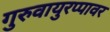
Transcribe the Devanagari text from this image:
गुरुवायुरप्पावर